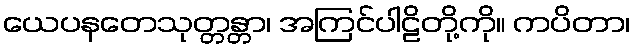
ယေပနတေသုတ္တန္တာ၊ အကြင်ပါဠိတို့ကို။ ကပိတာ၊